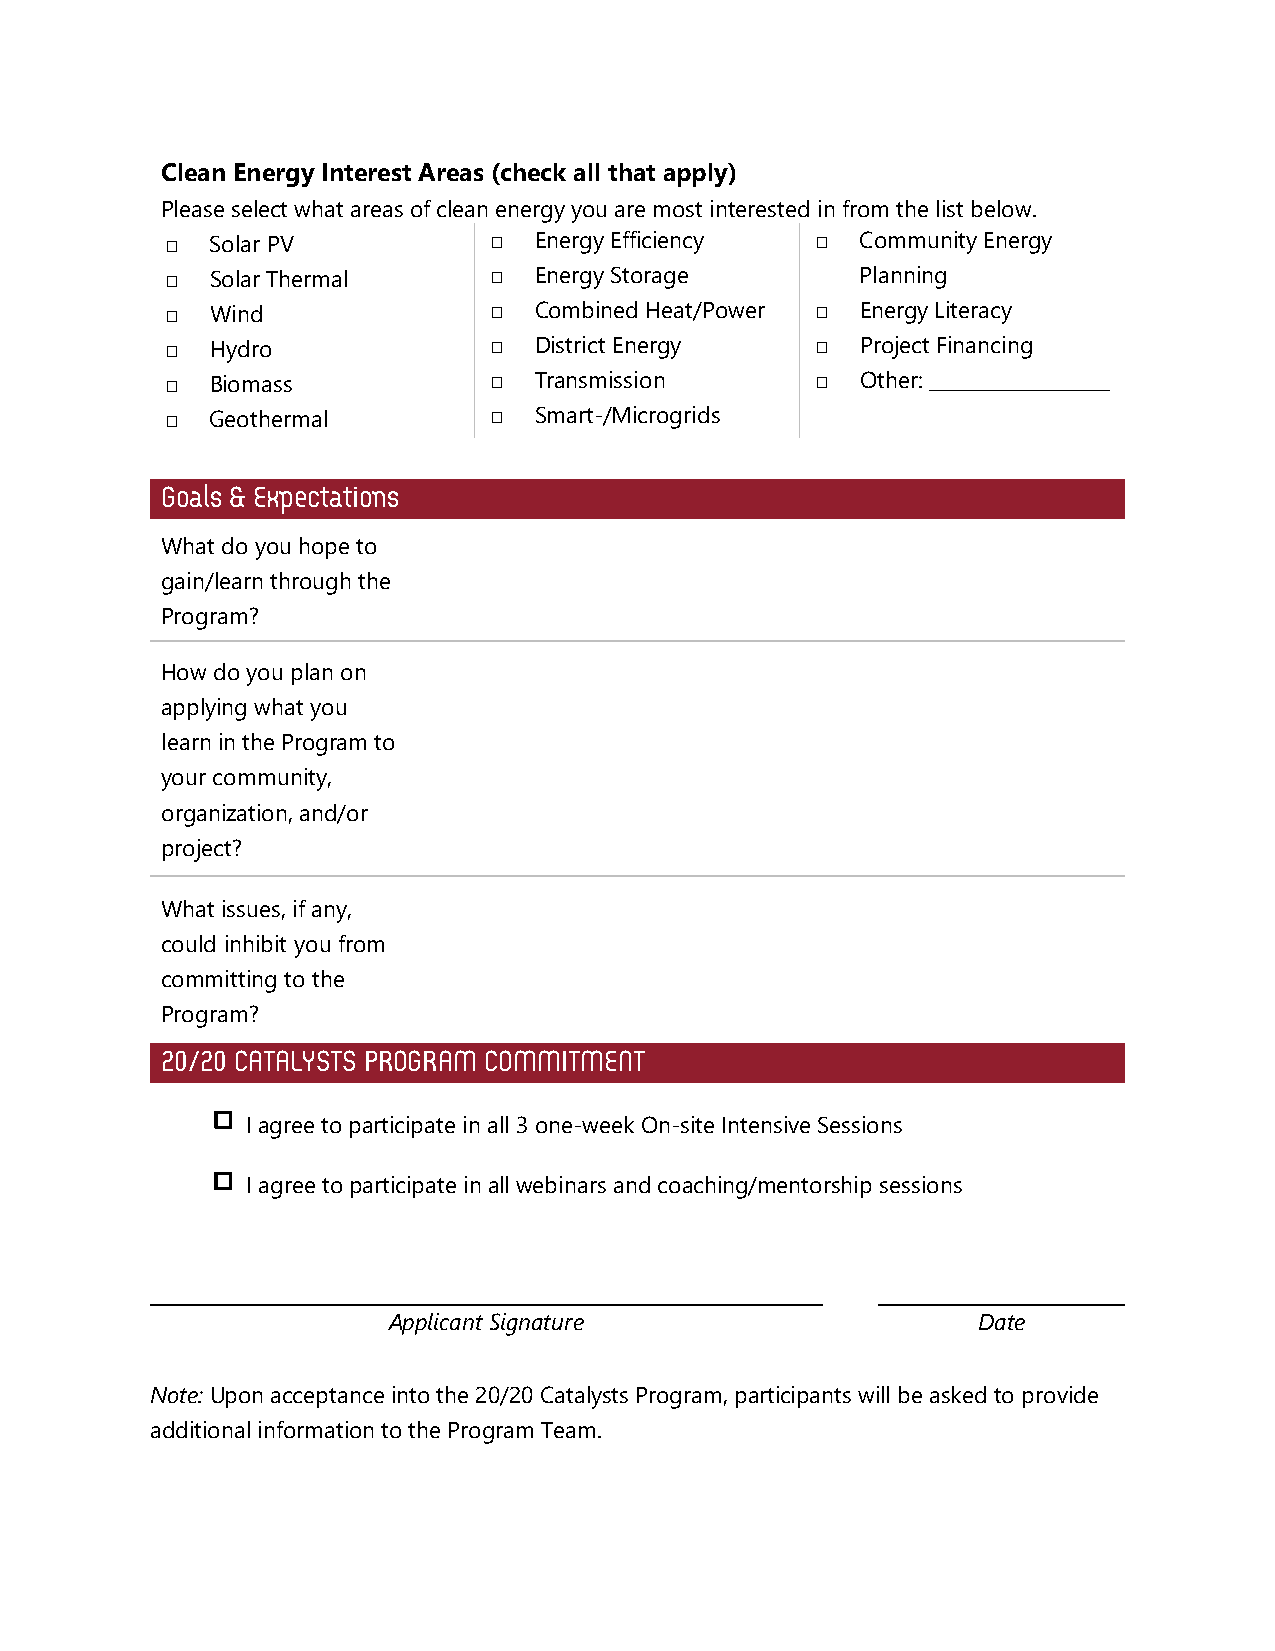
Clean Energy Interest Areas (check all that apply)
 Please select what areas of clean energy you are most interested in from the list below.
 □  Solar PV          □  Energy Efficiency  □  Community Energy
 □  Solar Thermal     □  Energy Storage        Planning
 □  Wind              □  Combined Heat/Power □ Energy Literacy
 □  Hydro             □  District Energy    □  Project Financing
 □  Biomass           □  Transmission       □  Other: ___________________
 □  Geothermal        □  Smart-/Microgrids
 Goals & Expectations
 What do you hope to
 gain/learn through the
 Program?
 How do you plan on
 applying what you
 learn in the Program to
 your community,
 organization, and/or
 project?
 What issues, if any,
 could inhibit you from
 committing to the
 Program?
 20/20 CATALYSTS PROGRAM COMMITMENT
 I agree to participate in all 3 one-week On-site Intensive Sessions
 I agree to participate in all webinars and coaching/mentorship sessions
 Applicant Signature                    Date
 Note: Upon acceptance into the 20/20 Catalysts Program, participants will be asked to provide
 additional information to the Program Team.